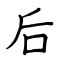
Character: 后